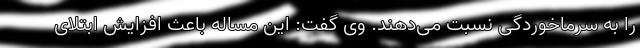
را به سرماخوردگی نسبت می‌دهند. وی گفت: این مساله باعث افزایش ابتلای